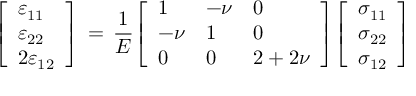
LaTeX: { \left[ \begin{array} { l } { \varepsilon _ { 1 1 } } \\ { \varepsilon _ { 2 2 } } \\ { 2 \varepsilon _ { 1 2 } } \end{array} \right] } \, = \, { \frac { 1 } { E } } { \left[ \begin{array} { l l l } { 1 } & { - \nu } & { 0 } \\ { - \nu } & { 1 } & { 0 } \\ { 0 } & { 0 } & { 2 + 2 \nu } \end{array} \right] } { \left[ \begin{array} { l } { \sigma _ { 1 1 } } \\ { \sigma _ { 2 2 } } \\ { \sigma _ { 1 2 } } \end{array} \right] }